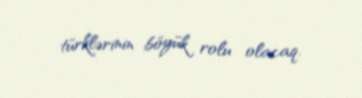
türklərinin böyük rolu olacaq.